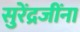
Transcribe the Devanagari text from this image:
सुरेंद्रजींना